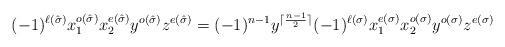
LaTeX: \begin{align*}{(-1)^{\ell(\hat\sigma)}x_1^{o(\hat\sigma)}x_2^{e(\hat\sigma)}y^{o(\hat\sigma)}z^{e(\hat\sigma)}}= (-1)^{n-1} y^{\lceil \frac{n-1}{2} \rceil} {(-1)^{\ell(\sigma)}x_1^{e(\sigma)}x_2^{o(\sigma)}y^{o(\sigma)}z^{e(\sigma)}} \\\end{align*}